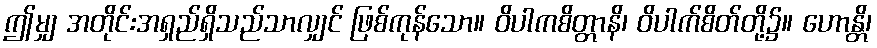
ဤမျှ အတိုင်းအရှည်ရှိသည်သာလျှင် ဖြစ်ကုန်သော။ ဝိပါကစိတ္တာနိ၊ ဝိပါက်စိတ်တို့၌။ ဟောန္တိ၊